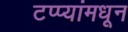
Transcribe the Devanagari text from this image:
टप्प्यांमधून